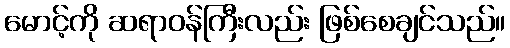
မောင့်ကို ဆရာဝန်ကြီးလည်း ဖြစ်စေချင်သည်။